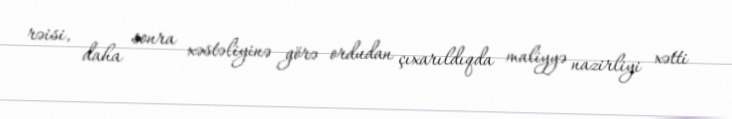
rəisi, daha sonra xəstəliyinə görə ordudan çıxarıldıqda maliyyə nazirliyi xətti